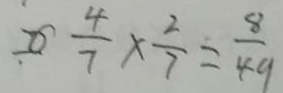
\frac { 4 } { 7 } \times \frac { 2 } { 7 } = \frac { 8 } { 4 9 }